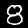
Label: 8